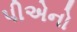
પીએનો